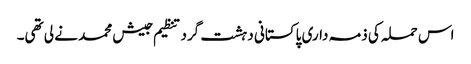
اس حملہ کی ذمہ داری پاکستانی دہشت گرد تنظیم جیش محمد نے لی تھی۔